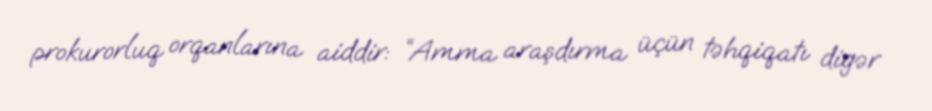
prokurorluq orqanlarına aiddir: “Amma araşdırma üçün təhqiqatı digər